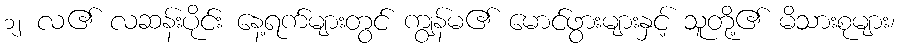
၁၂ လ၏ လဆန်းပိုင်း နေ့ရက်များတွင် ကျွန်မ၏ မောင်ဖွားများနှင့် သူတို့၏ မိသားစုများ၊